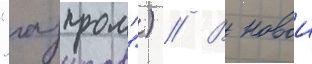
"газпром") // В новои